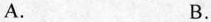
A. B.